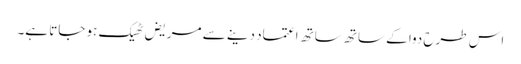
اس طرح دوا کے ساتھ ساتھ اعتماد دینے سے مریض ٹھیک ہو جاتا ہے۔